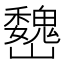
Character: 𡿁